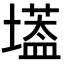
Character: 𡑷